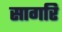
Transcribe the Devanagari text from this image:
सागरि